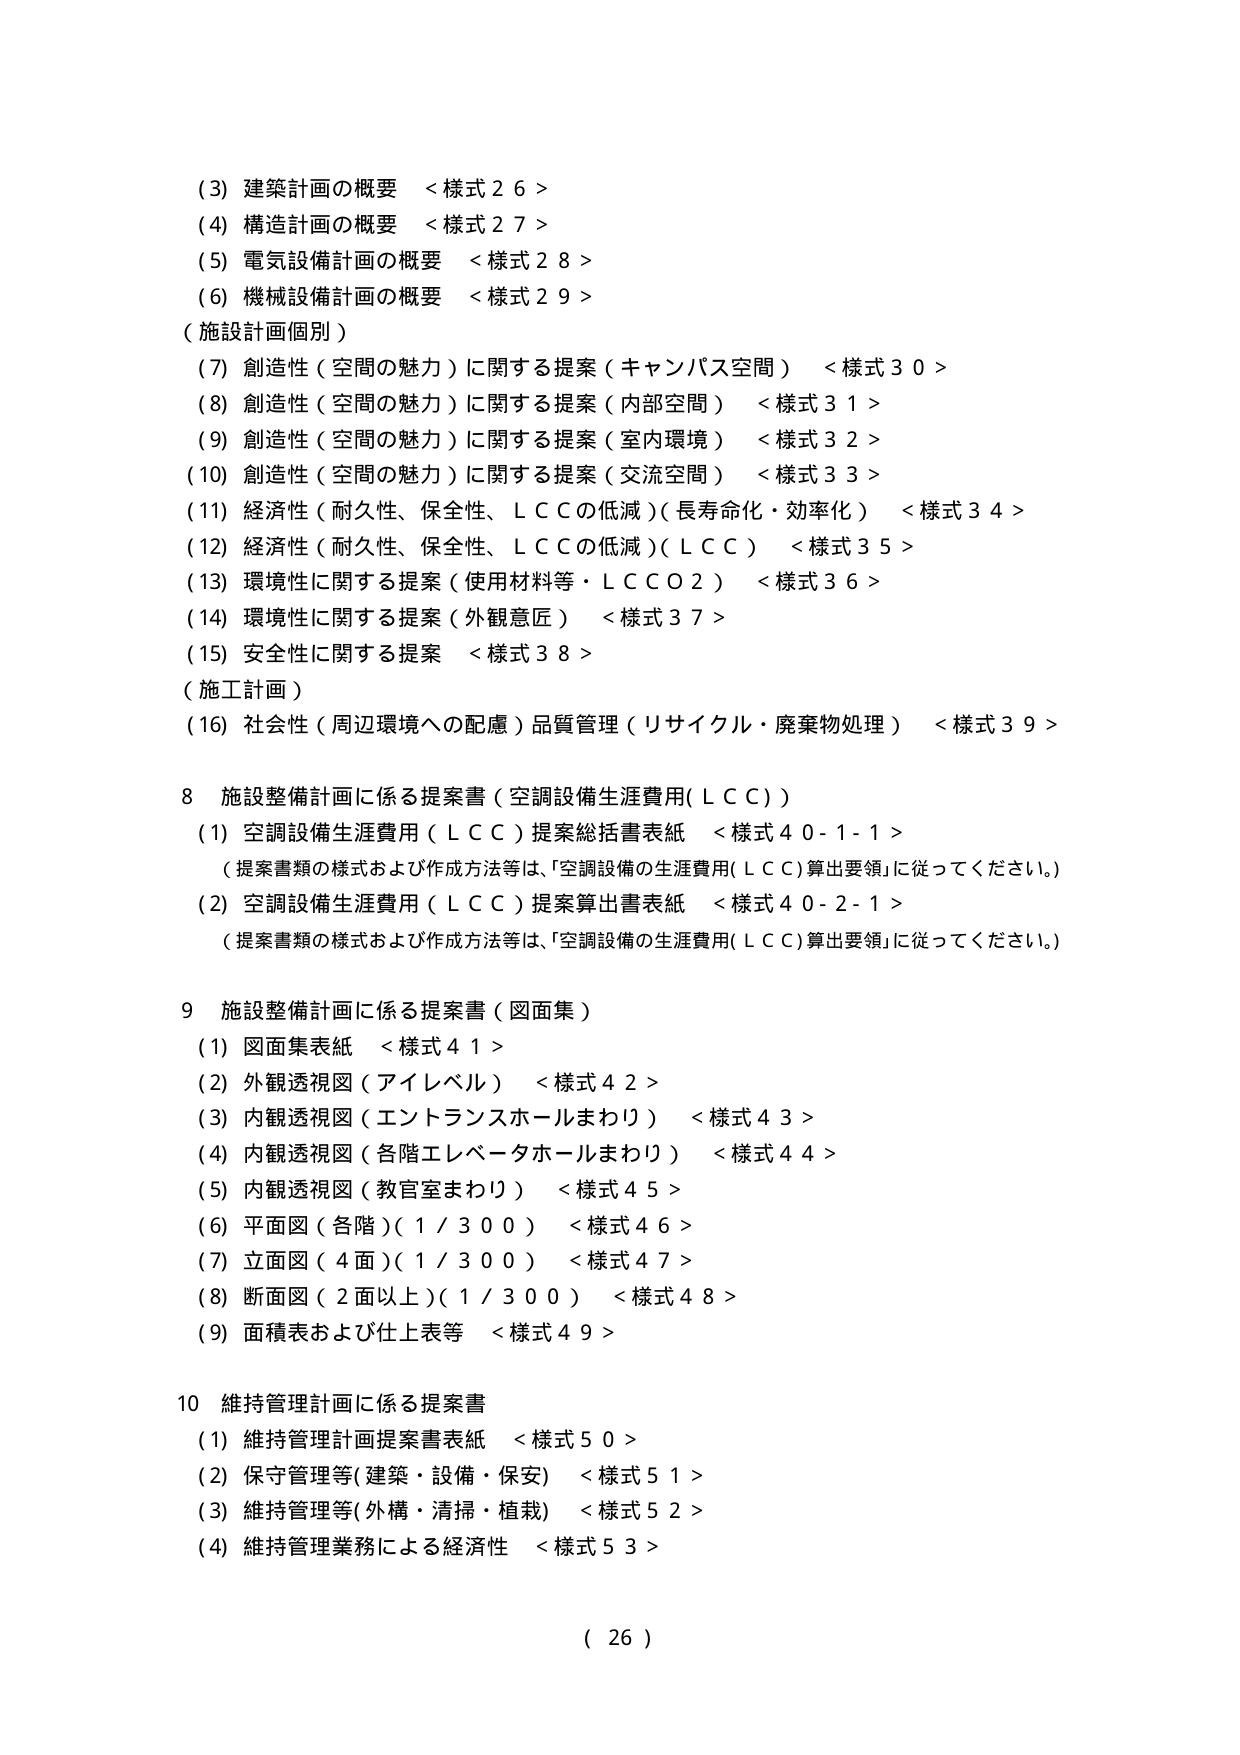
(3) 建築計画の概要 <様式26>
(4) 構造計画の概要 <様式27>
(5) 電気設備計画の概要 <様式28>
(6) 機械設備計画の概要 <様式29>
(施設計画個別)
(7) 創造性（空間の魅力）に関する提案（キャンパス空間） <様式30>
(8) 創造性（空間の魅力）に関する提案（内部空間） <様式31>
(9) 創造性（空間の魅力）に関する提案（室内環境） <様式32>
(10) 創造性（空間の魅力）に関する提案（交流空間） <様式33>
(11) 経済性（耐久性、保全性、ＬＣＣの低減）（長寿命化・効率化） <様式34>
(12) 経済性（耐久性、保全性、ＬＣＣの低減）（ＬＣＣ） <様式35>
(13) 環境性に関する提案（使用材料等・ＬＣＣＯ２） <様式36>
(14) 環境性に関する提案（外観意匠） <様式37>
(15) 安全性に関する提案 <様式38>
(施工計画)
(16) 社会性（周辺環境への配慮）品質管理（リサイクル・廃棄物処理） <様式39>

8 施設整備計画に係る提案書（空調設備生涯費用(ＬＣＣ)）
(1) 空調設備生涯費用（ＬＣＣ）提案総括書表紙 <様式40-1-1>
（提案書類の様式および作成方法等は、「空調設備の生涯費用(ＬＣＣ)算出要領」に従ってください。）
(2) 空調設備生涯費用（ＬＣＣ）提案算出書表紙 <様式40-2-1>
（提案書類の様式および作成方法等は、「空調設備の生涯費用(ＬＣＣ)算出要領」に従ってください。）

9 施設整備計画に係る提案書（図面集）
(1) 図面集表紙 <様式41>
(2) 外観透視図（アイレベル） <様式42>
(3) 内観透視図（エントランスホールまわり） <様式43>
(4) 内観透視図（各階エレベータホールまわり） <様式44>
(5) 内観透視図（教官室まわり） <様式45>
(6) 平面図（各階）（1/300） <様式46>
(7) 立面図（4面）（1/300） <様式47>
(8) 断面図（2面以上）（1/300） <様式48>
(9) 面積表および仕上表等 <様式49>

10 維持管理計画に係る提案書
(1) 維持管理計画提案書表紙 <様式50>
(2) 保守管理等（建築・設備・保安） <様式51>
(3) 維持管理等（外構・清掃・植栽） <様式52>
(4) 維持管理業務による経済性 <様式53>

( 26 )